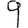
Digit: 9